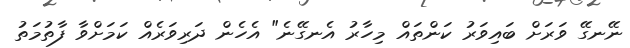
ނޭނގޭ ވަރަށް ބައިވަރު ކަންތައް މިހާރު އެނގޭނެ" އެހެން ދަރިވަރެއް ކަމަށްވާ ފާތުމަތު